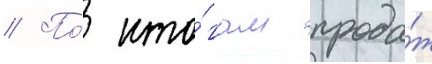
// По́ ито́гам прода́ж